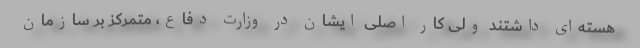
هسته‌ای داشتند ولی کار اصلی ایشان در وزارت دفاع، متمرکز بر سازمان